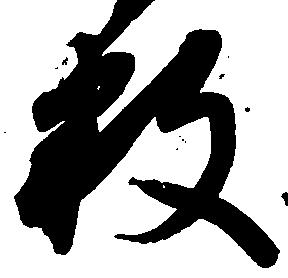
数